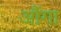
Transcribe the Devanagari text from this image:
औंगा